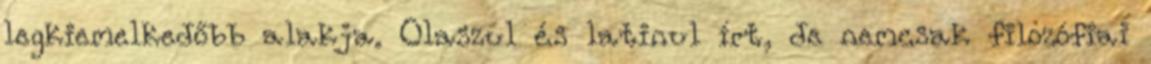
legkiemelkedőbb alakja. Olaszul és latinul írt, de nemcsak filozófiai